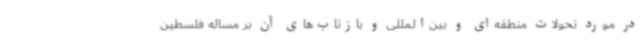
در مورد تحولات منطقه‌ای و بین‌المللی و بازتاب‌های آن بر مساله فلسطین